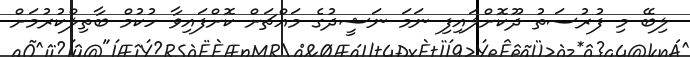
ލިބޭ މި ފުރުސަތު ދޫކޮށްލައިފި ނަމަ ނަޝީދުގެ މައްޗަށް ކޮށްފައިވާ ހުކުމް ބާތިލްކުރުމަށް